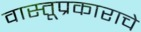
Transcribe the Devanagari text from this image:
वास्तूप्रकाराचे